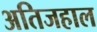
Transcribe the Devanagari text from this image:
अतिजहाल